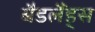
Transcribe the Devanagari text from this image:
बैडलैंड्स